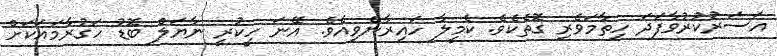
އަސަރުކުރުވާފަދަ ހިތާމަވެރި ގޮތެކެވެ. ކެމީލާ ހައިރާންވިއެވެ. އޭނަ ހީކުރީ ނާޔަލް ބޮޑު ހަގުރާމައަކަށް